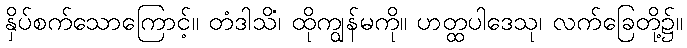
နှိပ်စက်သောကြောင့်။ တံဒါသိံ၊ ထိုကျွန်မကို။ ဟတ္ထပါဒေသု၊ လက်ခြေတို့၌။